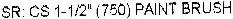
SR: CS 1-1/2" (750) PAINT BRUSH